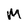
Character: M